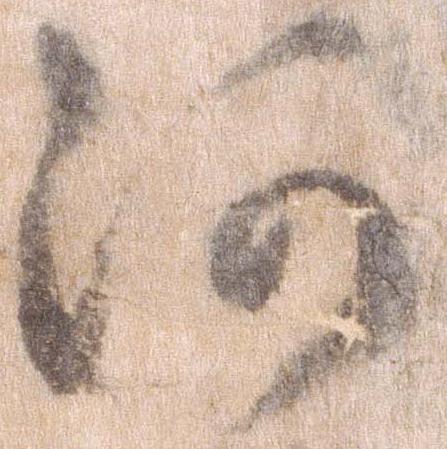
河